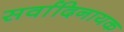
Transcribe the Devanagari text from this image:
सर्वादिनायक